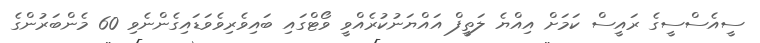
ސީއެސްސީގެ ރައީސް ކަމަށް އިއްޔެ ލަތީފް އައްޔަނުކުރެއްވީ ވޯޓްގައި ބައިވެރިވެވަޑައިގެންނެވި 60 މެންބަރުންގެ